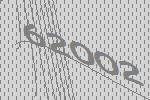
62002